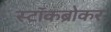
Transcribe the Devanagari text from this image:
स्टॉकब्रोकर